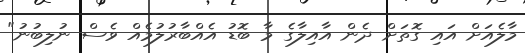
މާލެއަށް އައި ގޮތަށް ދެން އާއިލާގެ މާ ބޮޑު އެއްބާރުލުމެއް ވެސް ނުލިބުނު"